Problem: 2 × 9 = ?
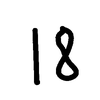
Handwritten answer: 18